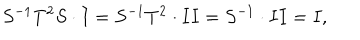
S ^ { - 1 } T ^ { 2 } S \cdot I = S ^ { - 1 } T ^ { 2 } \cdot I I = S ^ { - 1 } \cdot I I = I ,